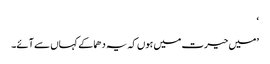
‘
’میں حیرت میں ہوں کہ یہ دھماکے کہاں سے آئے۔